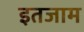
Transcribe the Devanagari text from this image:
इतजाम